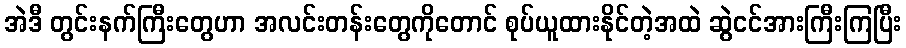
အဲဒီ တွင်းနက်ကြီးတွေဟာ အလင်းတန်းတွေကိုတောင် စုပ်ယူထားနိုင်တဲ့အထဲ ဆွဲငင်အားကြီးကြပြီး